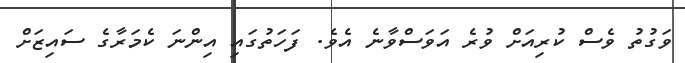
ވަގުތު ވެސް ކުރިއަށް ވުރެ އަވަސްވާނެ އެވެ. ފަހަތުގައި އިންނަ ކެމަރާގެ ސައިޒަށް